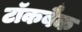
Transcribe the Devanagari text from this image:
टॉकबैक